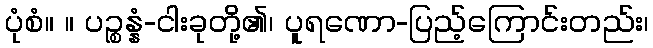
ပုံစံ။ ။ ပဉ္စန္နံ-ငါးခုတို့၏၊ ပူရဏော-ပြည့်ကြောင်းတည်း၊